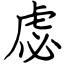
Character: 虙